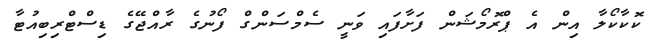
ކޮކާކޯލާ އިން އެ ޕްރޮމޯޝަން ފަށާފައި ވަނީ ސެމްސަންގް ފޯނުގެ ރާއްޖޭގެ ޑިސްޓްރިބިއުޓާ